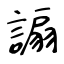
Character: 謆